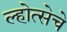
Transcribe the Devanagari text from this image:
ल्होत्सेचे